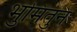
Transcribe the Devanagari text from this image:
भुमितुन